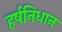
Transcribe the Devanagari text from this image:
हर्षनिधान